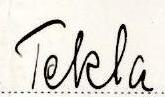
Tekla